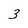
Character: 3